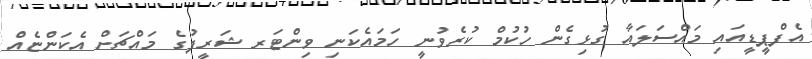
އެފްޕީޑީއައި މައްސަލައާ ގުޅިގެން ހުކުމް ކުރެވުނީ ހަމައެކަނި ވިންޓަރ ޝަރީފުގެ މައްޗަށް އެކަންޏެއް